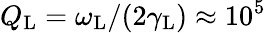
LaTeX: Q_{\mathrm{L}}=\omega_{\mathrm{L}}/(2\gamma_{\mathrm{L}})\approx 10^{5}